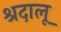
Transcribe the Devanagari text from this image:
श्रदालू